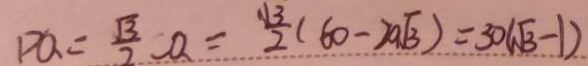
P Q = \frac { \sqrt { 3 } } { 2 } C Q = \frac { \sqrt { 3 } } { 2 } ( 6 0 - 2 0 \sqrt { 3 } ) = 3 0 ( \sqrt { 3 } - 1 )